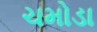
ચમોડા